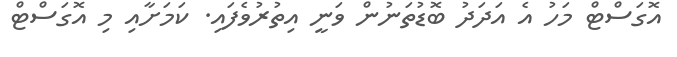
އޮގަސްޓް މަހު އެ އަދަދު ބޮޑުތަނުން ވަނީ އިތުރުވެފައި. ކަމަށާއި މި އޮގަސްޓް